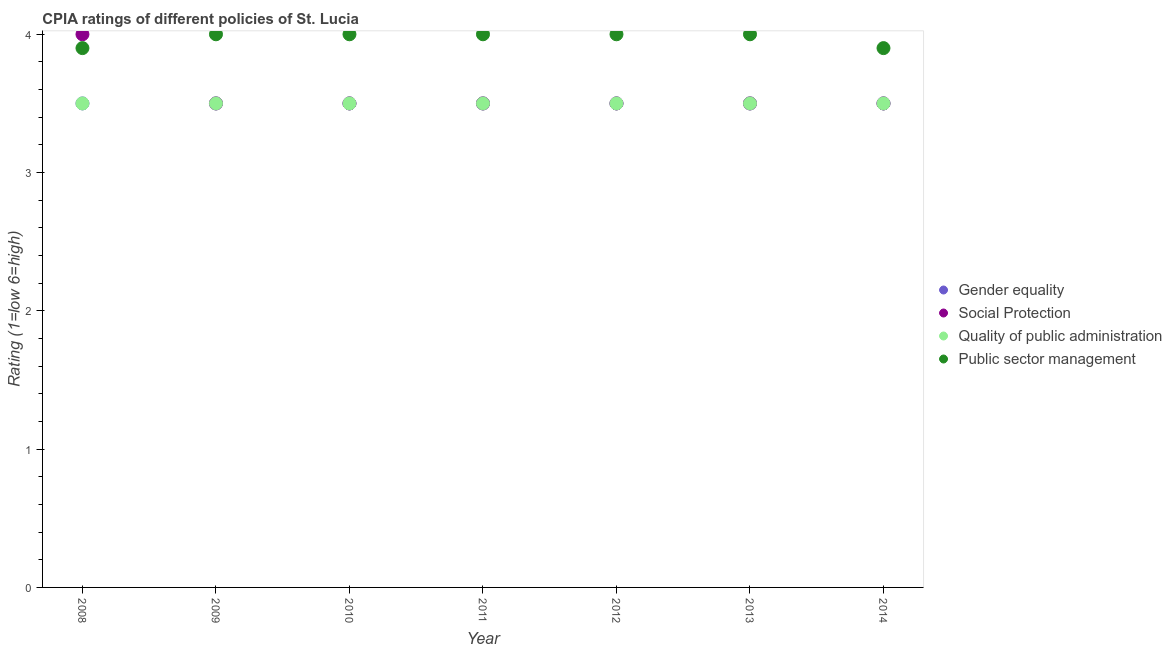
| Year | Gender equality | Social Protection | Quality of public administration | Public sector management |
 | --- | --- | --- | --- | --- |
 | 2008 | 3.5 | 4 | 3.5 | 3.9 |
 | 2009 | 3.5 | 3.5 | 3.5 | 4 |
 | 2010 | 3.5 | 3.5 | 3.5 | 4 |
 | 2011 | 3.5 | 3.5 | 3.5 | 4 |
 | 2012 | 3.5 | 3.5 | 3.5 | 4 |
 | 2013 | 3.5 | 3.5 | 3.5 | 4 |
 | 2014 | 3.5 | 3.5 | 3.5 | 3.9 |